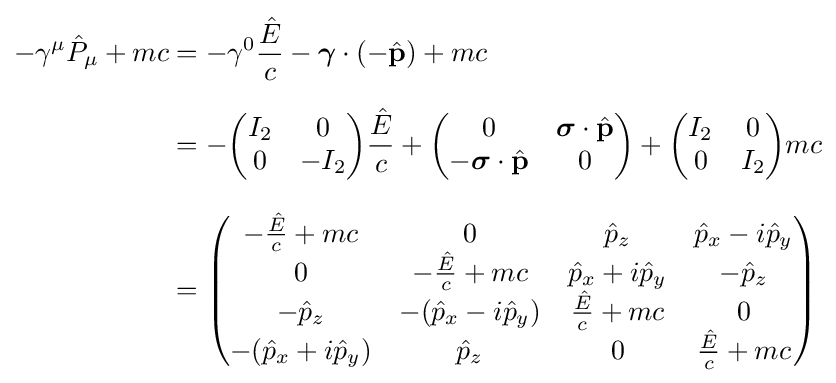
{\begin{aligned}-\gamma ^{\mu }{\hat {P}}_{\mu }+mc&=-\gamma ^{0}{\frac {\hat {E}}{c}}-{\boldsymbol {\gamma }}\cdot (-{\hat {\mathbf {p} }})+mc\\[6pt]&=-{\begin{pmatrix}I_{2}&0\\0&-I_{2}\\\end{pmatrix}}{\frac {\hat {E}}{c}}+{\begin{pmatrix}0&{\boldsymbol {\sigma }}\cdot {\hat {\mathbf {p} }}\\-{\boldsymbol {\sigma }}\cdot {\hat {\mathbf {p} }}&0\\\end{pmatrix}}+{\begin{pmatrix}I_{2}&0\\0&I_{2}\\\end{pmatrix}}mc\\[8pt]&={\begin{pmatrix}-{\frac {\hat {E}}{c}}+mc&0&{\hat {p}}_{z}&{\hat {p}}_{x}-i{\hat {p}}_{y}\\0&-{\frac {\hat {E}}{c}}+mc&{\hat {p}}_{x}+i{\hat {p}}_{y}&-{\hat {p}}_{z}\\-{\hat {p}}_{z}&-({\hat {p}}_{x}-i{\hat {p}}_{y})&{\frac {\hat {E}}{c}}+mc&0\\-({\hat {p}}_{x}+i{\hat {p}}_{y})&{\hat {p}}_{z}&0&{\frac {\hat {E}}{c}}+mc\\\end{pmatrix}}\\\end{aligned}}